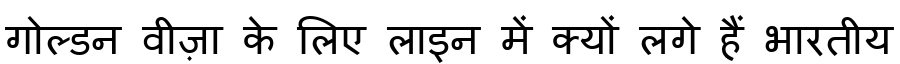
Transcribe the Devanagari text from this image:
गोल्डन वीज़ा के लिए लाइन में क्यों लगे हैं भारतीय